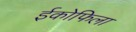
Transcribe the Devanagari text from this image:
ईकोफिला